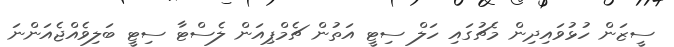
ސީޒަން ހުޅުވައިދިން މެޗުގައި ހަލް ސިޓީ އަތުން ޗެމްޕިއަން ލެސްޓާ ސިޓީ ބަލިވެއްޖެއަންނަ